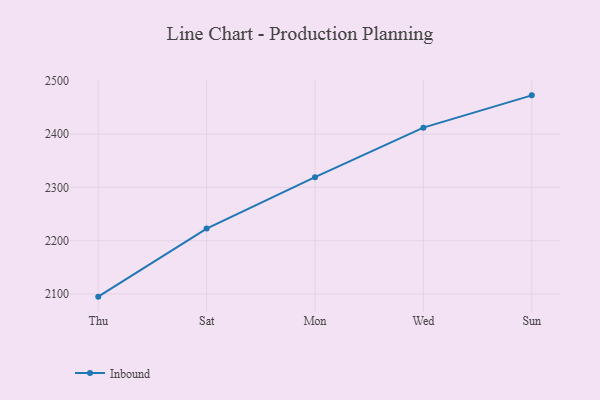
{"axis": {"x": "Day", "y": "Inventory Turnover"}, "legend": ["Inbound"], "data": [{"x": "Thu", "y": 2095.0, "type": "Inbound"}, {"x": "Sat", "y": 2222.7, "type": "Inbound"}, {"x": "Mon", "y": 2319.3, "type": "Inbound"}, {"x": "Wed", "y": 2412.2, "type": "Inbound"}, {"x": "Sun", "y": 2472.8, "type": "Inbound"}]}